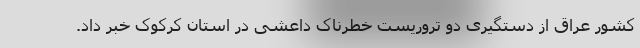
کشور عراق از دستگیری دو تروریست خطرناک داعشی در استان کرکوک خبر داد.